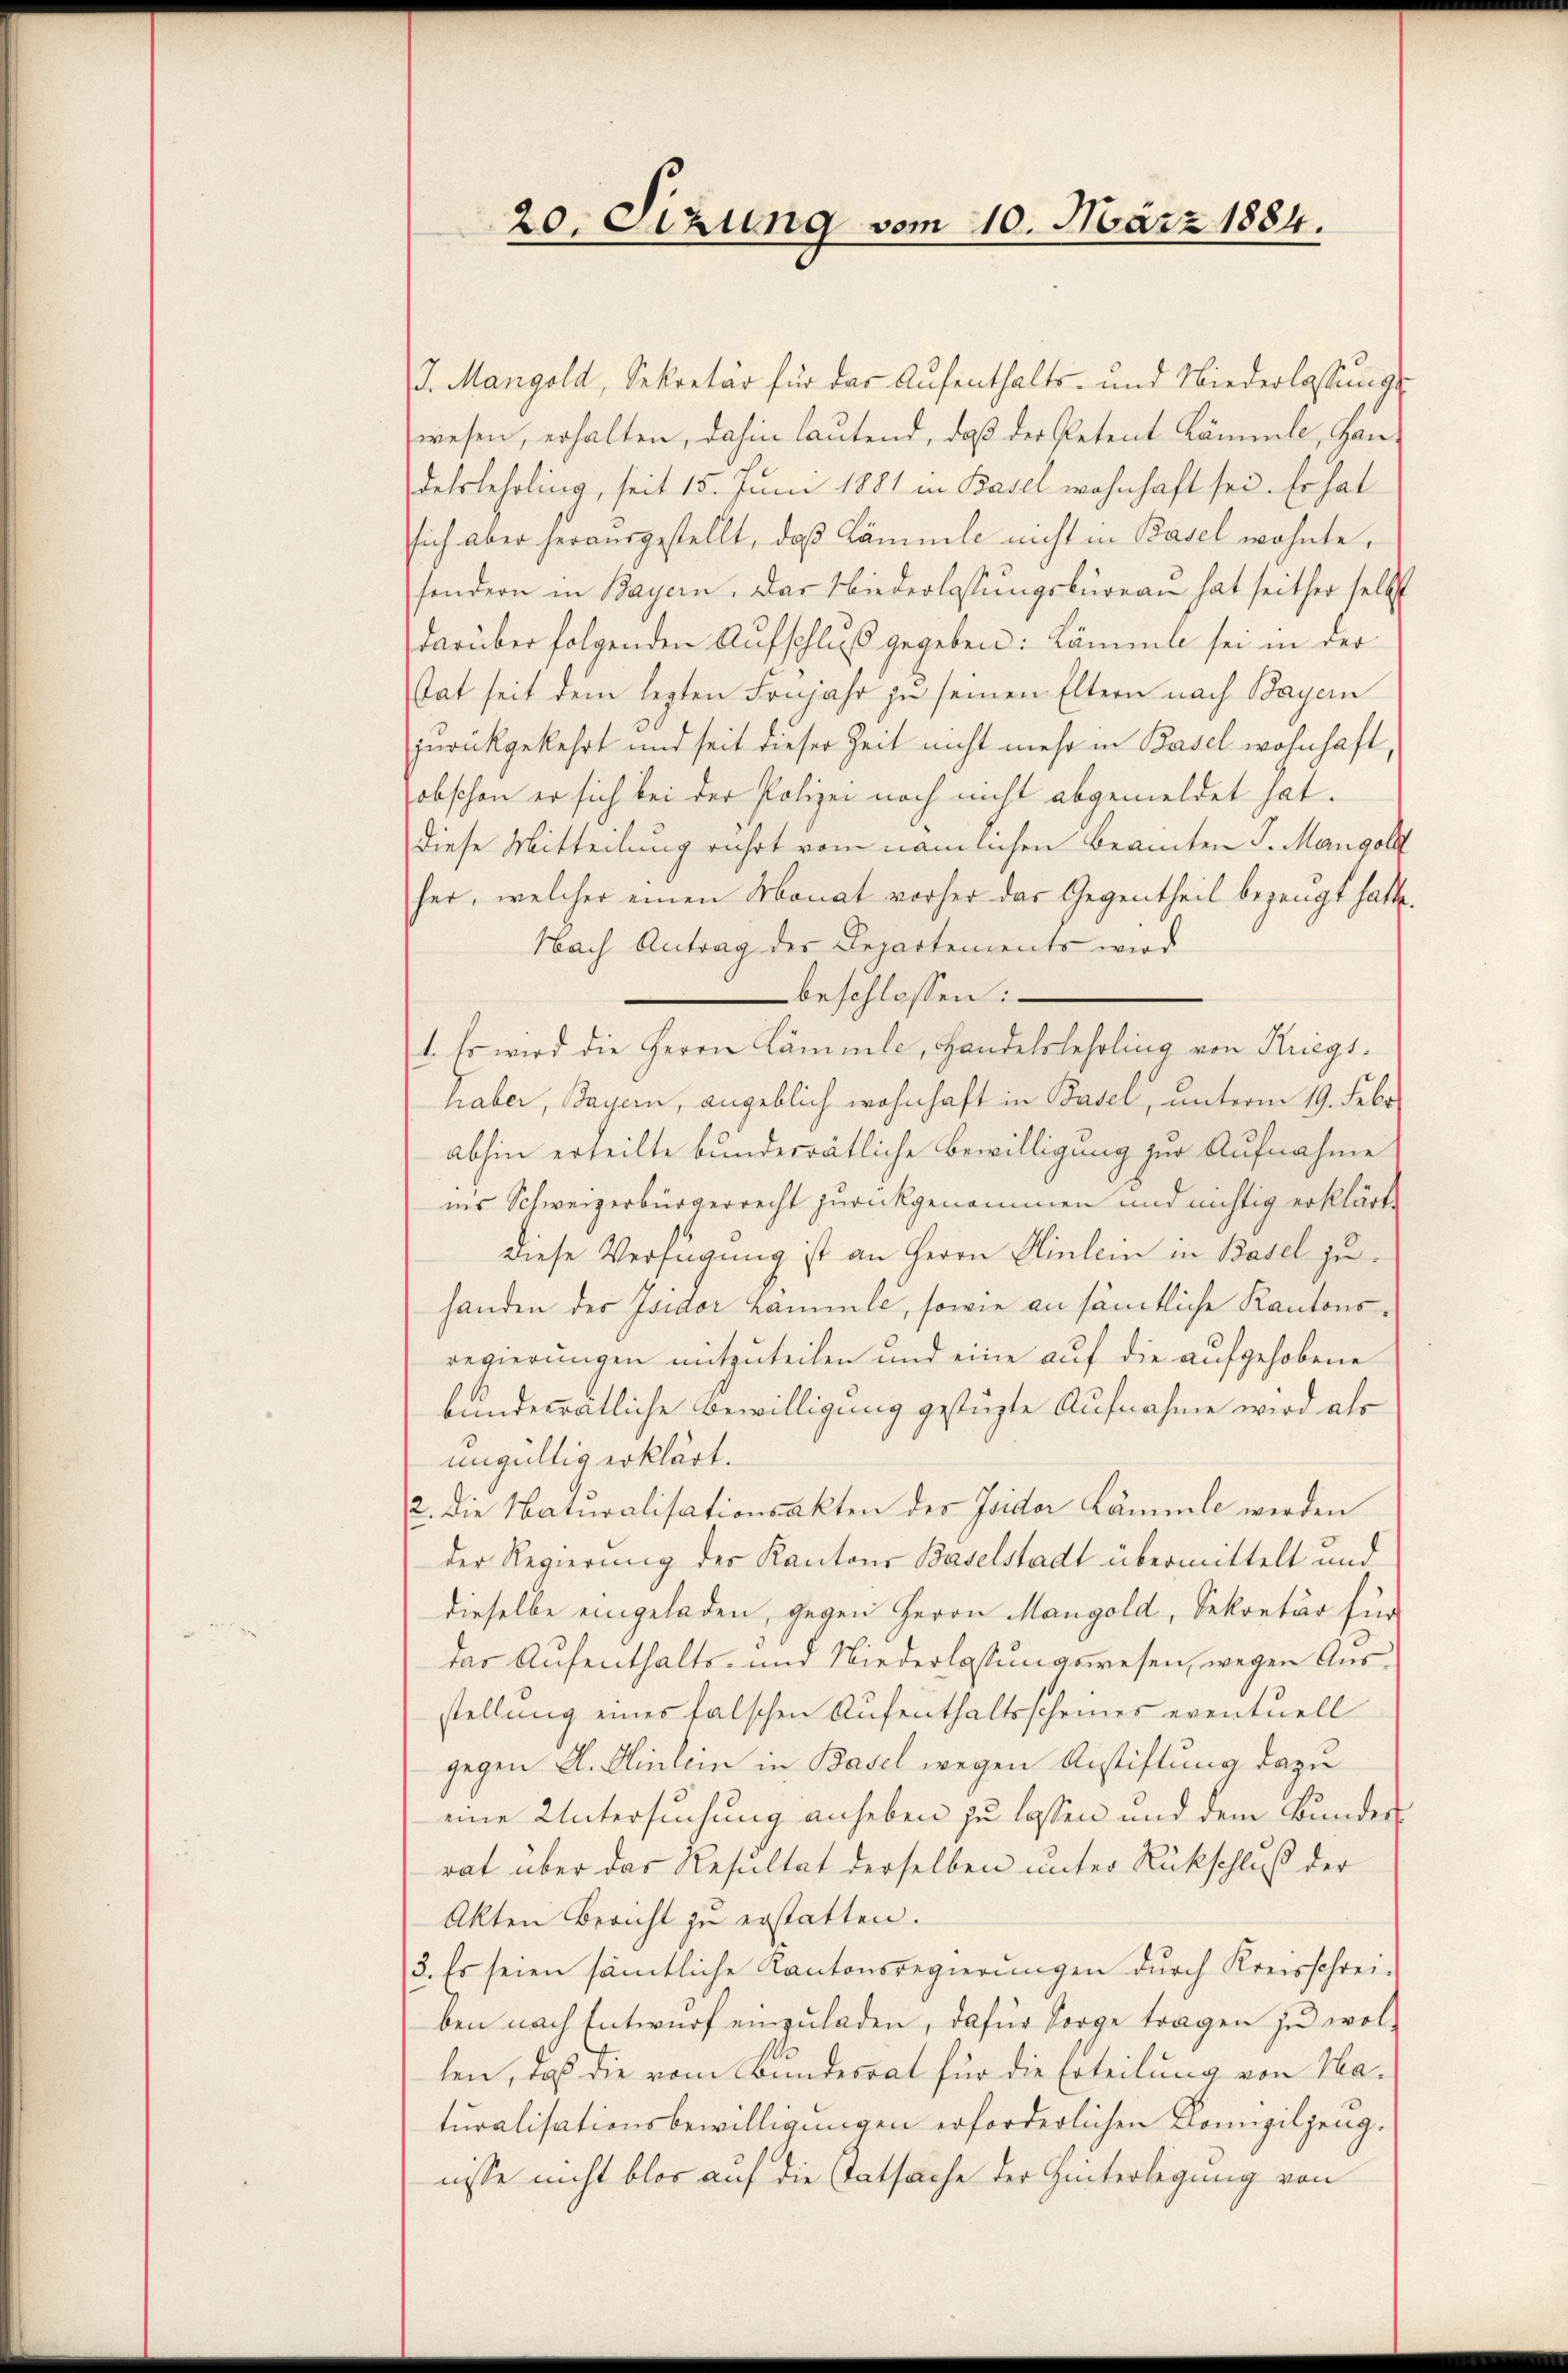
20. Sizung vom 10. März 1884.

J. Mangold, Sekretär für das Aufenthalts- und Niederlassŭngs-
wesen, erhalten, dahin lautend, daß der Petent Kämmle, Handelslehrling, seit 15. Juni 1881 in Basel wohnhaft sei. Er hat
sich aber herausgestellt, daß Lämmle nicht in Basel wohnte,
sondern in Bayern. Das Niederlassungsbureau hat seither selbst
darüber folgenden Aufschluß gegeben: Kämmle sei in der
stat seit dem lezten Früjahr zu seinen Eltern nach Bayern
zurückgekehrt und seit dieser Zeit nicht mehr in Basel wohnhaft,
obschon er sich bei der Polizei noch nicht abgemeldet hat.
Diese Mitteilung rührt vom nämlichen Beamten J. Mangol
her, welcher einen Monat vorher das Gegentheil bezeugt hatte.
Nach Antrag des Departements wird
beschlossen:
1. Es wird die Herrn Lämmle, Handelslehrling von Kriegshaber, Bayern, angeblich wohnhaft in Basel, unterm 19. Febr.
abhin erteilte bundesrätliche Bewilligung zur Aufnahme
ins Schweizerbürgerrecht zurückgenommen und nichtig erklärte
Diese Verfügung ist an Herrn Hinlein in Basel zuhanden der Isidor Lammle, sowie an sämtliche Kantonsregierungen mitzuteilen und eine auf die aufgehobene
bundesrätliche Bewilligung gestüzte Aufnahme wird als
ungültig erklärt.
2. Die Naturalisationsakten des Isidor Lämmle werden
der Regierung des Kantons Baselstadt übermittelt und
dieselbe eingeladen, gegen Herrn Mangold, Sekretär für
das Aufenthalts- und Niederlassungswesen, wegen Ausstellung eines falschen Aufenthaltsscheines eventuell
gegen Al. Einlein in Basel wegen Anstiftung dazu
eine Untersuchung anheben zu lassen und dem Bundesrat über das Resultat derselben unter Rückschluß der
Akten Bericht zu erstatten.
3. Es seien sämtliche Kantonsregierŭngen durch Kreisschrei-
ben nach Entwurf einzuladen, dafür sorge tragen zu wollen, daß die vom Bundesrat für die Erteilung von Haturalisationsbewilligungen erforderlichen Kompilzeng.
nisse nicht blos auf die Tatsache der Hinterlegung von